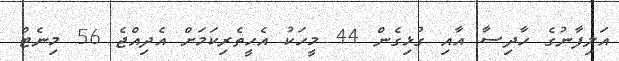
އަލިފާނުގެ ހާދިސާ އާއި ގުޅިގެން 44 މީހަކު އެހީތެރިކަމަށް އެދިއްޖެ 56 މިނެޓް